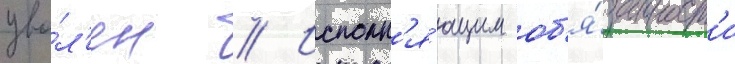
уво́л'ен // Исполн'я́ющим об'я́занност'и